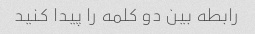
رابطه بین دو کلمه را پیدا کنید